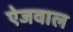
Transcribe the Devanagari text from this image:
ऐजवाल